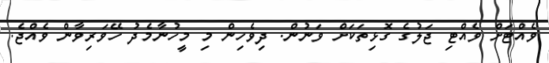
ވެއްޓަށް ވެއްޓި ޖަލުގެ ގޮޅިތަކަށް ވަނުން. ދިވެހިން މި މީހުނާމެދު ހޭވަރިވާން ވެއްޖެ.